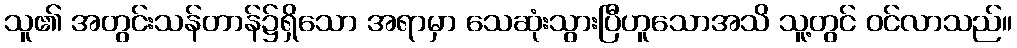
သူ၏ အတွင်းသန်တာန်၌ရှိသော အရာမှာ သေဆုံးသွားပြီဟူသောအသိ သူ့တွင် ဝင်လာသည်။